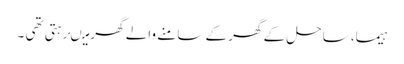
ہیما، ساحل کے گھر کے سامنے والے گھر میںرہتی تھی ۔